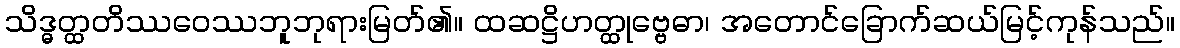
သိဒ္ဓတ္ထတိဿဝေဿဘူဘုရားမြတ်၏။ ထဆဋ္ဌိဟတ္ထုဗ္ဗေဓာ၊ အတောင်ခြောက်ဆယ်မြင့်ကုန်သည်။